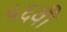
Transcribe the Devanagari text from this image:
५६वी